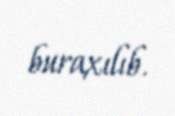
buraxılıb.